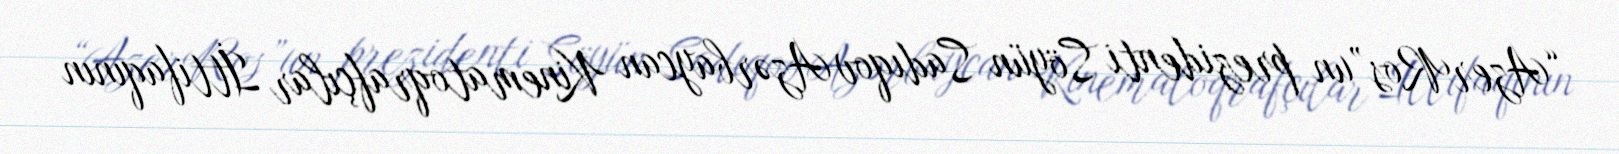
“AzerRos”un prezidenti Söyün Sadıqov Azərbaycan Kinematoqrafçılar İttifaqının